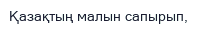
Қазақтың малын сапырып,